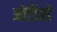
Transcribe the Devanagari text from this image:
ओडिसे